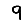
Digit: 9